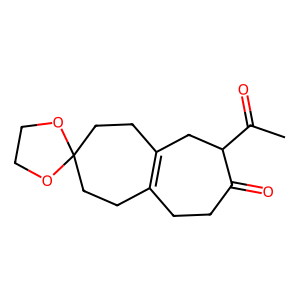
SMILES: CC(=O)C1CC2=C(CCC1=O)CCC1(CC2)OCCO1
Inhibits HIV replication: No